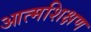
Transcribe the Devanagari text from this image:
आत्मशिक्षण